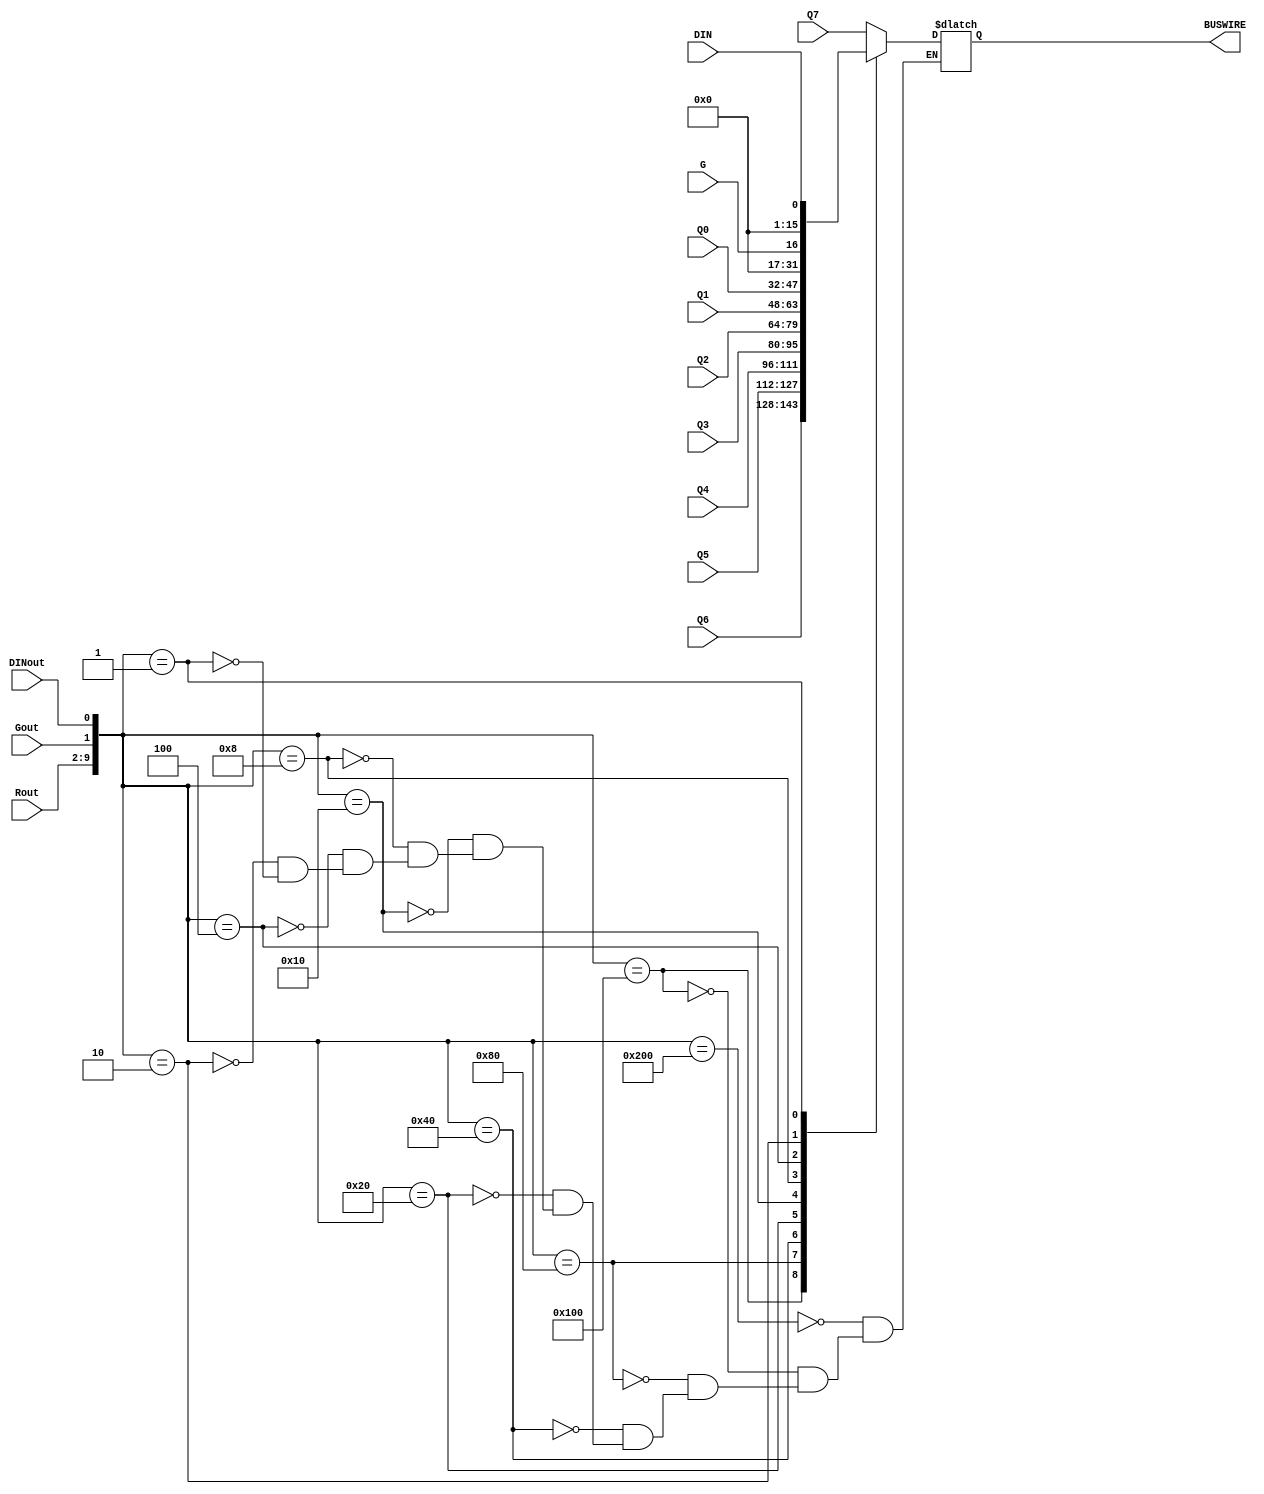
module Multiplexers(Rout,Gout,DINout,DIN,G,Q0,Q1,Q2,Q3,Q4,Q5,Q6,Q7,BUSWIRE);
	input [7:0] Rout;
	input Gout;
	input DINout;
	input G,DIN;
	input [15:0] Q0,Q1,Q2,Q3,Q4,Q5,Q6,Q7;
	output reg [15:0] BUSWIRE;
	reg [9:0] sel;
	//wire [9:0] sel;
	//reg [9:0] sel={Rout,Gout,DINout};
	//assign sel[9:2]=Rout;
	//assign sel[1]=Gout;
	//assign sel[0]=DINout;

	always@(DINout or Rout or Gout or sel)
	begin
	sel[9:2] = Rout;
   sel[1] = Gout;
   sel[0] = DINout;
		case(sel)
			10'b1000000000:BUSWIRE=Q7;
			10'b0100000000:BUSWIRE=Q6;
			10'b0010000000:BUSWIRE=Q5;
			10'b0001000000:BUSWIRE=Q4;
			10'b0000100000:BUSWIRE=Q3;
			10'b0000010000:BUSWIRE=Q2;
			10'b0000001000:BUSWIRE=Q1;
			10'b0000000100:BUSWIRE=Q0;
			10'b0000000010:BUSWIRE=G;
			10'b0000000001:BUSWIRE=DIN;
		endcase
	end
		
endmodule